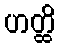
ဟတ္ထိ